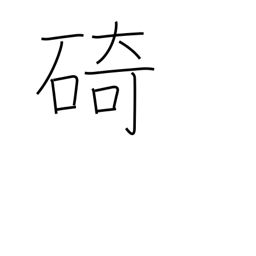
Meaning: cape